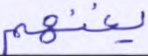
يغنهم